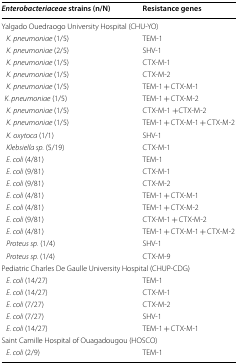
| Enterobacteriaceae strains (n/N) | Resistance genes |
 | --- | --- |
 | <COLSPAN=2> Yalgado Ouedraogo University Hospital (CHU-YO) |
 | K. pneumoniae (1/5) | TEM-1 |
 | K. pneumoniae (2/5) | SHV-1 |
 | K. pneumoniae (1/5) | CTX-M-1 |
 | K. pneumoniae (1/5) | CTX-M-2 |
 | K. pneumoniae (1/5) | TEM-1 + CTX-M-1 |
 | K. pneumoniae (1/5) | TEM-1 + CTX-M-2 |
 | K. pneumoniae (1/5) | CTX-M-1 +CTX-M-2 |
 | K. pneumoniae (1/5) | TEM-1 + CTX-M-1 + CTX-M-2 |
 | K. oxytoca (1/1) | SHV-1 |
 | Klebsiella sp. (5/19) | CTX-M-1 |
 | E. coli (4/81) | TEM-1 |
 | E. coli (9/81) | CTX-M-1 |
 | E. coli (9/81) | CTX-M-2 |
 | E. coli (4/81) | TEM-1 + CTX-M-1 |
 | E. coli (4/81) | TEM-1 + CTX-M-2 |
 | E. coli (9/81) | CTX-M-1 + CTX-M-2 |
 | E. coli (4/81) | TEM-1 + CTX-M-1 + CTX-M-2 |
 | Proteus sp. (1/4) | SHV-1 |
 | Proteus sp. (1/4) | CTX-M-9 |
 | <COLSPAN=2> Pediatric Charles De Gaulle University Hospital (CHUP-CDG) |
 | E. coli (14/27) | TEM-1 |
 | E. coli (14/27) | CTX-M-1 |
 | E. coli (7/27) | CTX-M-2 |
 | E. coli (7/27) | SHV-1 |
 | E. coli (14/27) | TEM-1 + CTX-M-1 |
 | <COLSPAN=2> Saint Camille Hospital of Ouagadougou (HOSCO) |
 | E. coli (2/9) | TEM-1 |